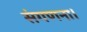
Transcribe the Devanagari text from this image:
संगणना।